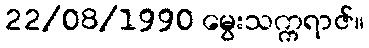
22/08/1990 မွေးသက္ကရာဇ်။